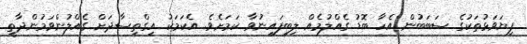
ފިޔަވަޅުތަކުގެ ސަބަބުން އެހާ ބޮޑު ގެއްލުމެއް ލިބިފައިނުވާ ކަމަަށެވެ. އެކަމަކު އިގްތިސާދަށް ގެއްލުންވަމުންދާތީ